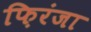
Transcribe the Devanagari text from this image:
फ़िरंजा